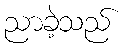
ညာခဲ့သည်